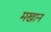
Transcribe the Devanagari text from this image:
मखान